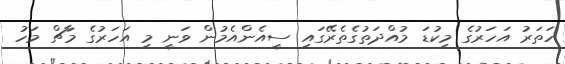
ހަތަރު އަހަރުގެ މިކުޑަ މުއްދަތުގެތެރޭގައި ސީއެންއެމުން ވަނީ މި އަހަރުގެ މާޗް މަހު